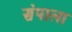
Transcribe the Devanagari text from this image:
संपाला